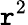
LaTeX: \mathtt{r}^{2}